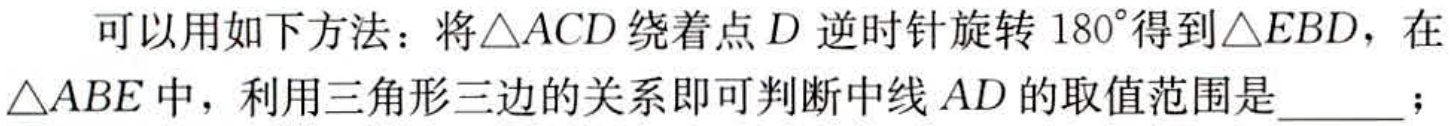
可以用如下方法：将\(\triangle ACD\)绕着点\(D\)逆时针旋转\(180^{\circ}\)得到\(\triangle EBD\)，在\(\triangle ABE\)中，利用三角形三边的关系即可判断中线\(AD\)的取值范围是  ；